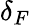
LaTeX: \delta_{F}